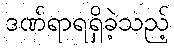
ဒဏ်ရာရရှိခဲ့သည့်